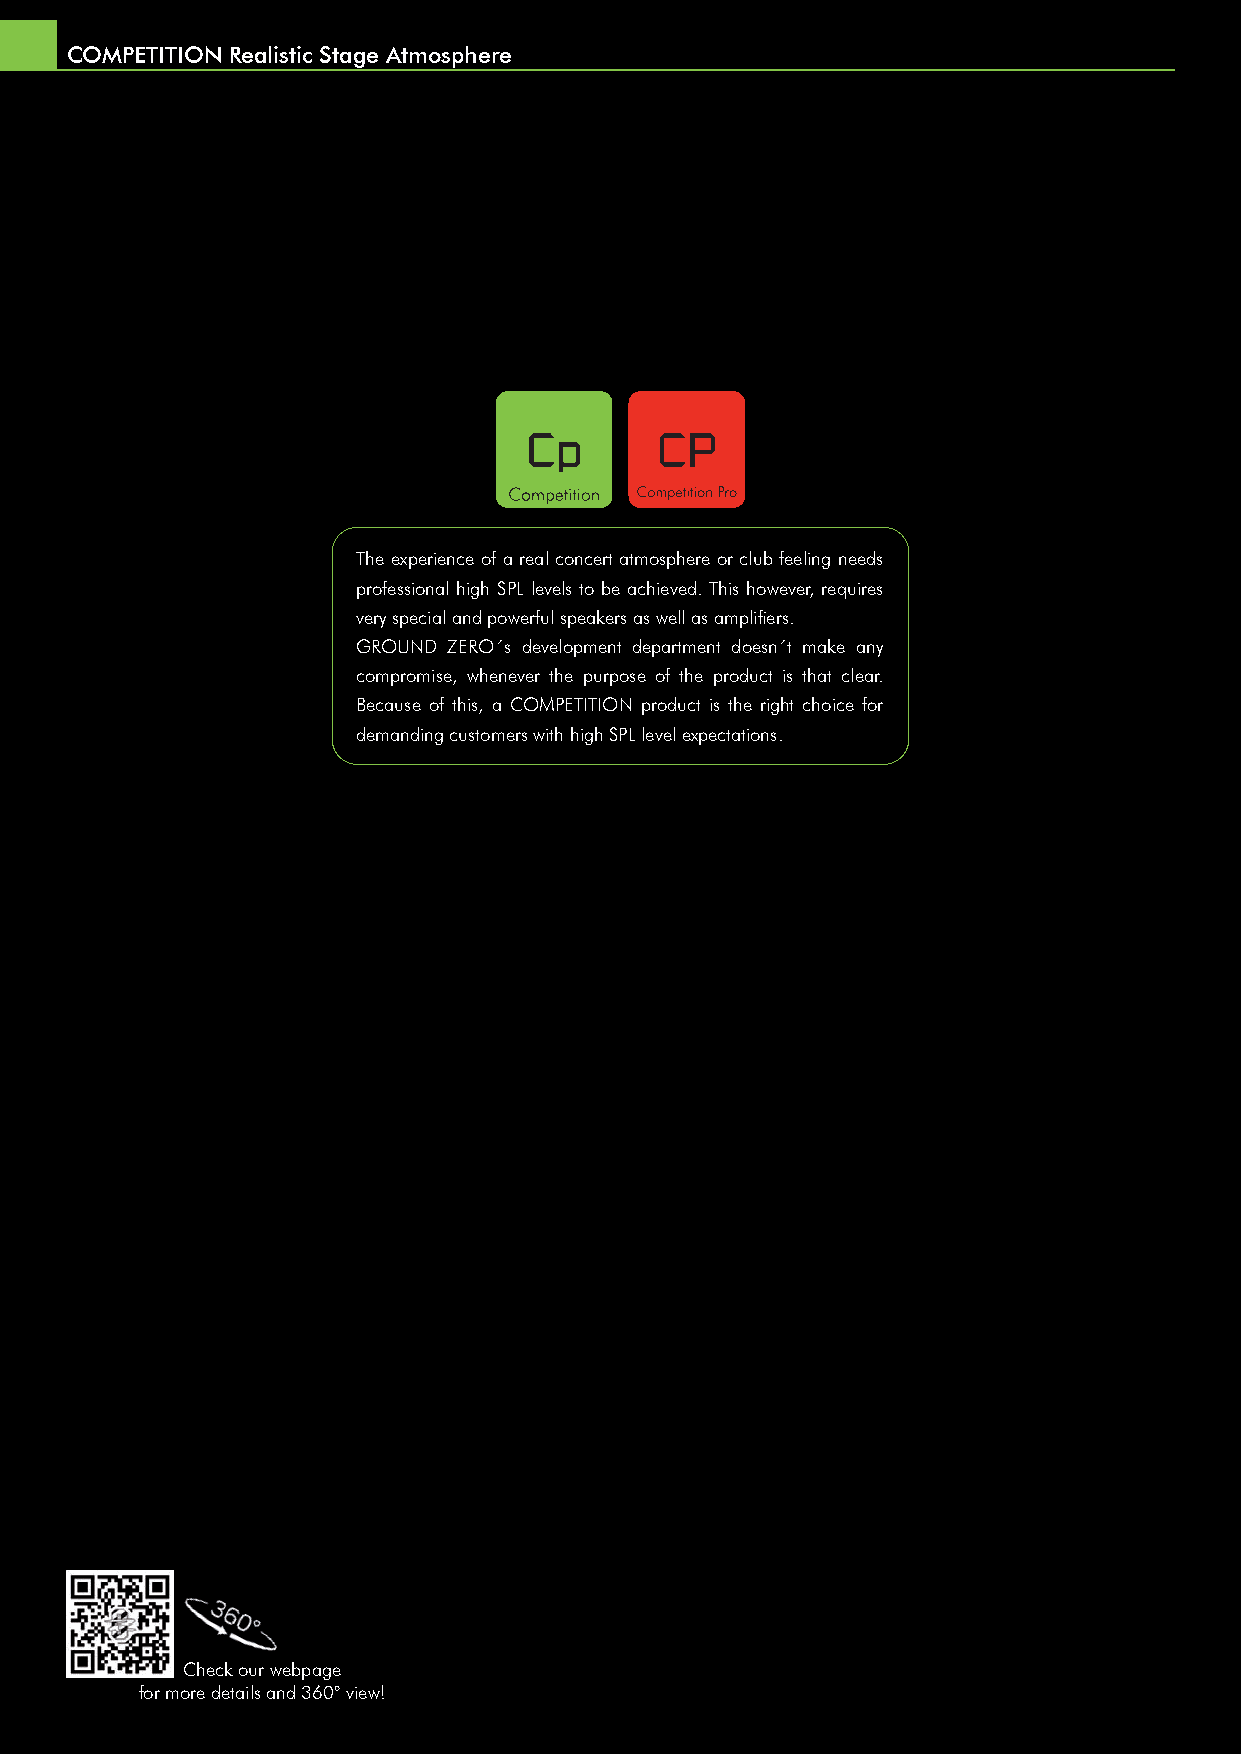
COMPETITION Realistic Stage Atmosphere
 The experience of a real concert atmosphere or club feeling needs
 professional high SPL levels to be achieved. This however, requires
 very special and powerful speakers as well as amplifi ers.
 GROUND ZERO´s development department doesn´t make any
 compromise, whenever the purpose of the product is that clear.
 Because of this, a COMPETITION product is the right choice for
 demanding customers with high SPL level expectations.
 Check our webpage
 for more details and 360° view!